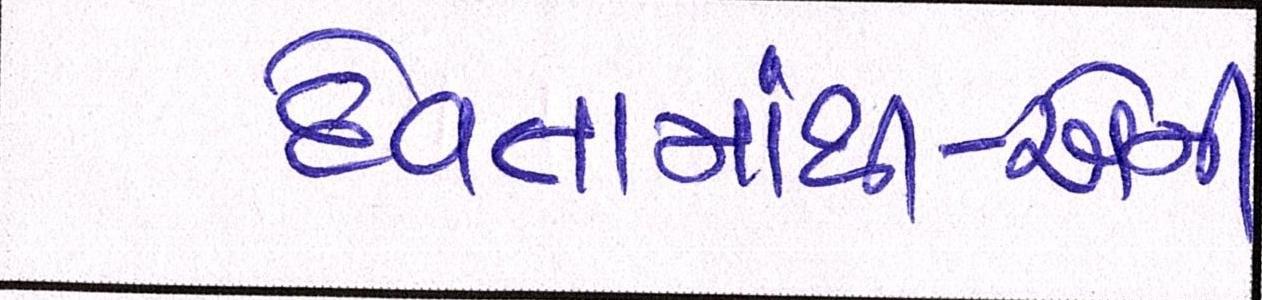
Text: દેવતામાંથી-એની